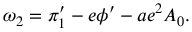
\omega _ { 2 } = \pi _ { 1 } ^ { \prime } - e \phi ^ { \prime } - a e ^ { 2 } A _ { 0 } .